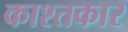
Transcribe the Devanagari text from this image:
काश्‍तकार